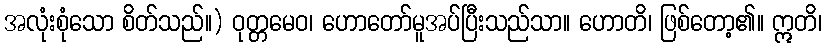
အလုံးစုံသော စိတ်သည်။) ဝုတ္တမေဝ၊ ဟောတော်မူအပ်ပြီးသည်သာ။ ဟောတိ၊ ဖြစ်တော့၏။ ဣတိ၊